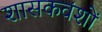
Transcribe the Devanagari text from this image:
शासकवंशों